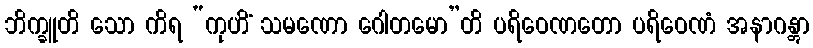
ဘိက္ခူတိ သော ကိရ “ကုဟိံ သမဏော ဂေါတမော”တိ ပရိဝေဏတော ပရိဝေဏံ အနာဂန္တွာ